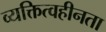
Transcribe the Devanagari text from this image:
व्यक्तित्वहीनता